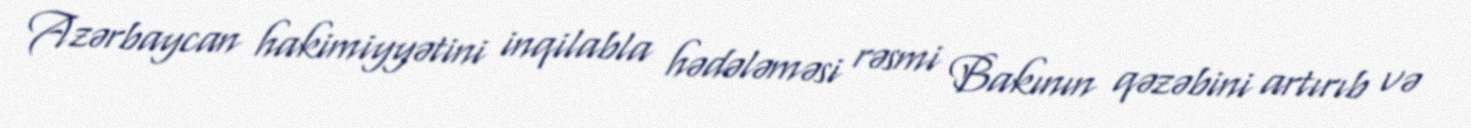
Azərbaycan hakimiyyətini inqilabla hədələməsi rəsmi Bakının qəzəbini artırıb və